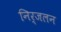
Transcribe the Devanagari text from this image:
निर्जलन